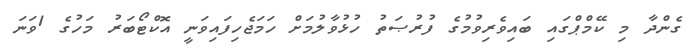
ގެންދާ މި ކޭމްޕްގައި ބައިވެރިވުމުގެ ފުރުޞަތު ހުޅުވާލުމަށް ހަމަޖެހިފައިވަނީ އޮކްޓޯބަރު މަހުގެ 1ވަނަ